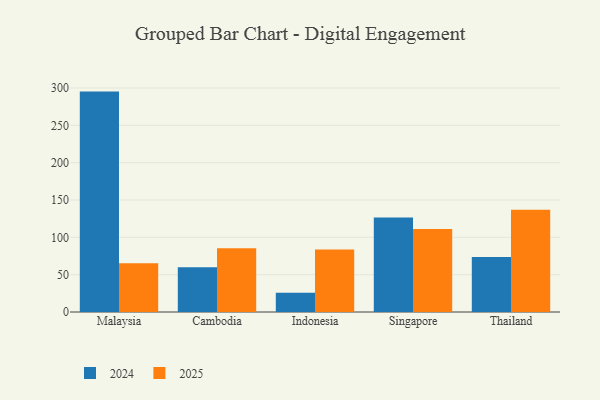
{"axis": {"x": "Country", "y": "Inventory Turnover"}, "legend": ["2024", "2025"], "data": [{"x": "Malaysia", "y": 295.2, "type": "2024"}, {"x": "Malaysia", "y": 65.4, "type": "2025"}, {"x": "Cambodia", "y": 60.1, "type": "2024"}, {"x": "Cambodia", "y": 85.4, "type": "2025"}, {"x": "Indonesia", "y": 25.8, "type": "2024"}, {"x": "Indonesia", "y": 83.6, "type": "2025"}, {"x": "Singapore", "y": 126.5, "type": "2024"}, {"x": "Singapore", "y": 111.1, "type": "2025"}, {"x": "Thailand", "y": 73.6, "type": "2024"}, {"x": "Thailand", "y": 136.8, "type": "2025"}]}